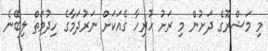
މި މަޝްރޫގެ ދަށުން މި ރަށު ހުރިހާ ގެއަކަށް ނަރުދަމާގެ ހިދުމަތް ލިބޭނެ